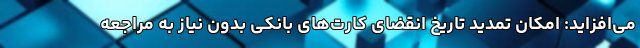
می‌افزاید: امکان تمدید تاریخ انقضای کارت‌های بانکی بدون نیاز به مراجعه